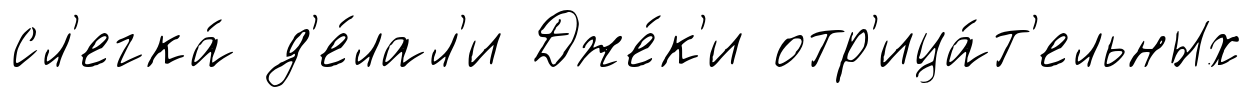
сл'егка́ д'е́лал'и Дже́к'и отр'ица́т'ельных